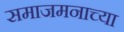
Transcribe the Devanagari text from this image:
समाजमनाच्या